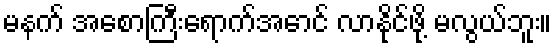
မနက် အစောကြီးရောက်အောင် လာနိုင်ဖို့ မလွယ်ဘူး။